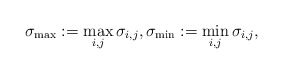
\begin{align*}\sigma_{\max}:=\max_{i,j}\sigma_{i,j},\sigma_{\min} := \min_{i,j}\sigma_{i,j},\end{align*}